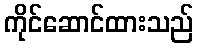
ကိုင်ဆောင်ထားသည်